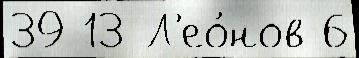
39 13 Л'ео́нов 6